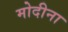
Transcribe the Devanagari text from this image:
मोदीना